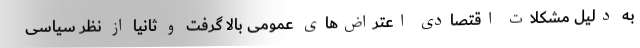
به دلیل مشکلات اقتصادی اعتراض‌های عمومی بالا گرفت و ثانیا از نظر سیاسی